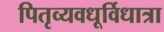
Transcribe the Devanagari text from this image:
पितृव्यवधूर्विधात्रा